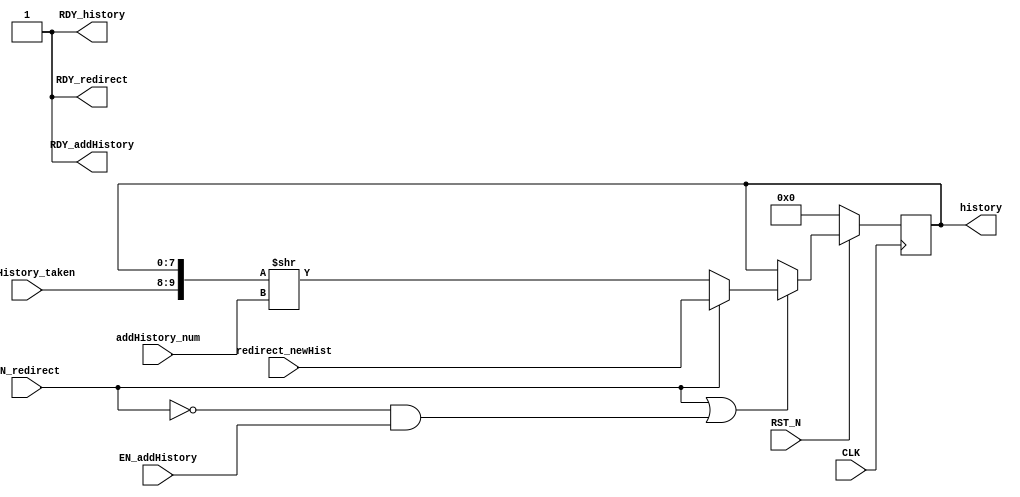
//
// Generated by Bluespec Compiler, version 2019.05.beta2 (build a88bf40db, 2019-05-24)
//
//
//
//
// Ports:
// Name                         I/O  size props
// history                        O     8 reg
// RDY_history                    O     1 const
// RDY_addHistory                 O     1 const
// RDY_redirect                   O     1 const
// CLK                            I     1 clock
// RST_N                          I     1 reset
// addHistory_taken               I     2
// addHistory_num                 I     2
// redirect_newHist               I     8
// EN_addHistory                  I     1
// EN_redirect                    I     1
//
// No combinational paths from inputs to outputs
//
//

`ifdef BSV_ASSIGNMENT_DELAY
`else
  `define BSV_ASSIGNMENT_DELAY
`endif

`ifdef BSV_POSITIVE_RESET
  `define BSV_RESET_VALUE 1'b1
  `define BSV_RESET_EDGE posedge
`else
  `define BSV_RESET_VALUE 1'b0
  `define BSV_RESET_EDGE negedge
`endif

module mkGSelectGHistReg(CLK,
			 RST_N,

			 history,
			 RDY_history,

			 addHistory_taken,
			 addHistory_num,
			 EN_addHistory,
			 RDY_addHistory,

			 redirect_newHist,
			 EN_redirect,
			 RDY_redirect);
  input  CLK;
  input  RST_N;

  // value method history
  output [7 : 0] history;
  output RDY_history;

  // action method addHistory
  input  [1 : 0] addHistory_taken;
  input  [1 : 0] addHistory_num;
  input  EN_addHistory;
  output RDY_addHistory;

  // action method redirect
  input  [7 : 0] redirect_newHist;
  input  EN_redirect;
  output RDY_redirect;

  // signals for module outputs
  wire [7 : 0] history;
  wire RDY_addHistory, RDY_history, RDY_redirect;

  // inlined wires
  wire [3 : 0] m_addHist$wget;

  // register m_hist
  reg [7 : 0] m_hist;
  wire [7 : 0] m_hist$D_IN;
  wire m_hist$EN;

  // rule scheduling signals
  wire CAN_FIRE_RL_m_canon_addHistory,
       CAN_FIRE_RL_m_canon_redirect,
       CAN_FIRE_addHistory,
       CAN_FIRE_redirect,
       WILL_FIRE_RL_m_canon_addHistory,
       WILL_FIRE_RL_m_canon_redirect,
       WILL_FIRE_addHistory,
       WILL_FIRE_redirect;

  // remaining internal signals
  wire [9 : 0] x__h276;

  // value method history
  assign history = m_hist ;
  assign RDY_history = 1'd1 ;

  // action method addHistory
  assign RDY_addHistory = 1'd1 ;
  assign CAN_FIRE_addHistory = 1'd1 ;
  assign WILL_FIRE_addHistory = EN_addHistory ;

  // action method redirect
  assign RDY_redirect = 1'd1 ;
  assign CAN_FIRE_redirect = 1'd1 ;
  assign WILL_FIRE_redirect = EN_redirect ;

  // rule RL_m_canon_redirect
  assign CAN_FIRE_RL_m_canon_redirect = EN_redirect ;
  assign WILL_FIRE_RL_m_canon_redirect = EN_redirect ;

  // rule RL_m_canon_addHistory
  assign CAN_FIRE_RL_m_canon_addHistory = !EN_redirect && EN_addHistory ;
  assign WILL_FIRE_RL_m_canon_addHistory = CAN_FIRE_RL_m_canon_addHistory ;

  // inlined wires
  assign m_addHist$wget = { addHistory_taken, addHistory_num } ;

  // register m_hist
  assign m_hist$D_IN = EN_redirect ? redirect_newHist : x__h276[7:0] ;
  assign m_hist$EN = EN_redirect || WILL_FIRE_RL_m_canon_addHistory ;

  // remaining internal signals
  assign x__h276 = { m_addHist$wget[3:2], m_hist } >> m_addHist$wget[1:0] ;

  // handling of inlined registers

  always@(posedge CLK)
  begin
    if (RST_N == `BSV_RESET_VALUE)
      begin
        m_hist <= `BSV_ASSIGNMENT_DELAY 8'd0;
      end
    else
      begin
        if (m_hist$EN) m_hist <= `BSV_ASSIGNMENT_DELAY m_hist$D_IN;
      end
  end

  // synopsys translate_off
  `ifdef BSV_NO_INITIAL_BLOCKS
  `else // not BSV_NO_INITIAL_BLOCKS
  initial
  begin
    m_hist = 8'hAA;
  end
  `endif // BSV_NO_INITIAL_BLOCKS
  // synopsys translate_on
endmodule  // mkGSelectGHistReg